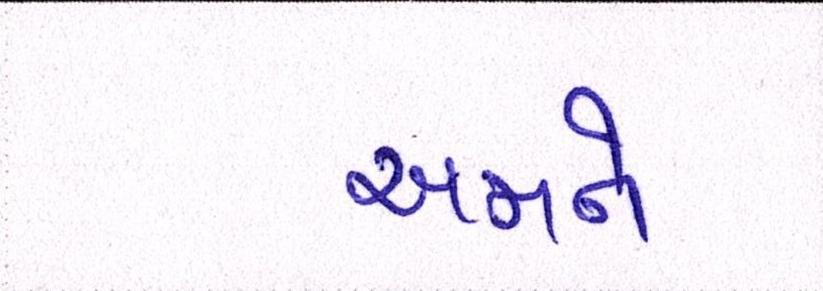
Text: અમને